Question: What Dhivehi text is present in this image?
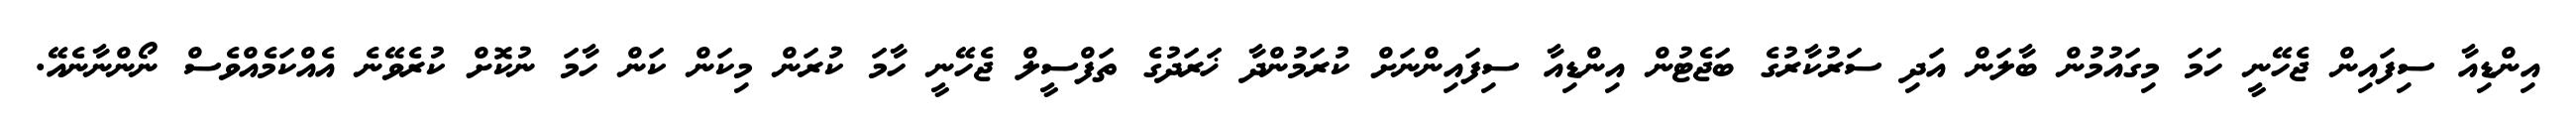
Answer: އިންޑިއާ ސިފައިން ޖެހޭނީ ހަމަ މިގައުމުން ބާލަން އަދި ސަރުކާރުގެ ބަޖެޓުން އިންޑިއާ ސިފައިންނަށް ކުރަމުންދާ ޚަރަދުގެ ތަފްސީލް ޖެހޭނީ ހާމަ ކުރަން މިކަން ކަން ހާމަ ނުކޮށް ކުރެވޭނެ އެއްކަމެއްވެސް ނޯންނާނެއޭ.